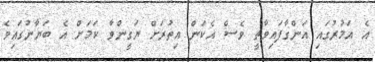
އެ އަމުރުގައި އަންގާފައިވާތީ ވެސް އެކަން އިތުރަށް ޔަގީންވާ ކަމަށް އެ ބަޔާނުގައިވެ